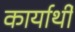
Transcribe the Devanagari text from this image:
कार्यार्थी